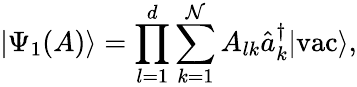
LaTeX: |\Psi_{1}(A)\rangle=\prod_{l=1}^{d}\sum_{k=1}^{\mathcal{N}}A_{lk}\hat{{a}}_{k}^{\dagger}|\textrm{{vac}}\rangle,